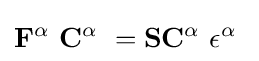
\mathbf {F} ^{\alpha }\ \mathbf {C} ^{\alpha }\ =\mathbf {S} \mathbf {C} ^{\alpha }\ \mathbf {\epsilon } ^{\alpha }\